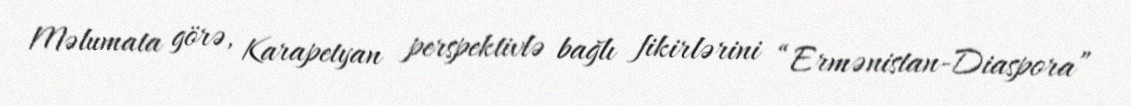
Məlumata görə, Karapetyan perspektivlə bağlı fikirlərini “Ermənistan-Diaspora”